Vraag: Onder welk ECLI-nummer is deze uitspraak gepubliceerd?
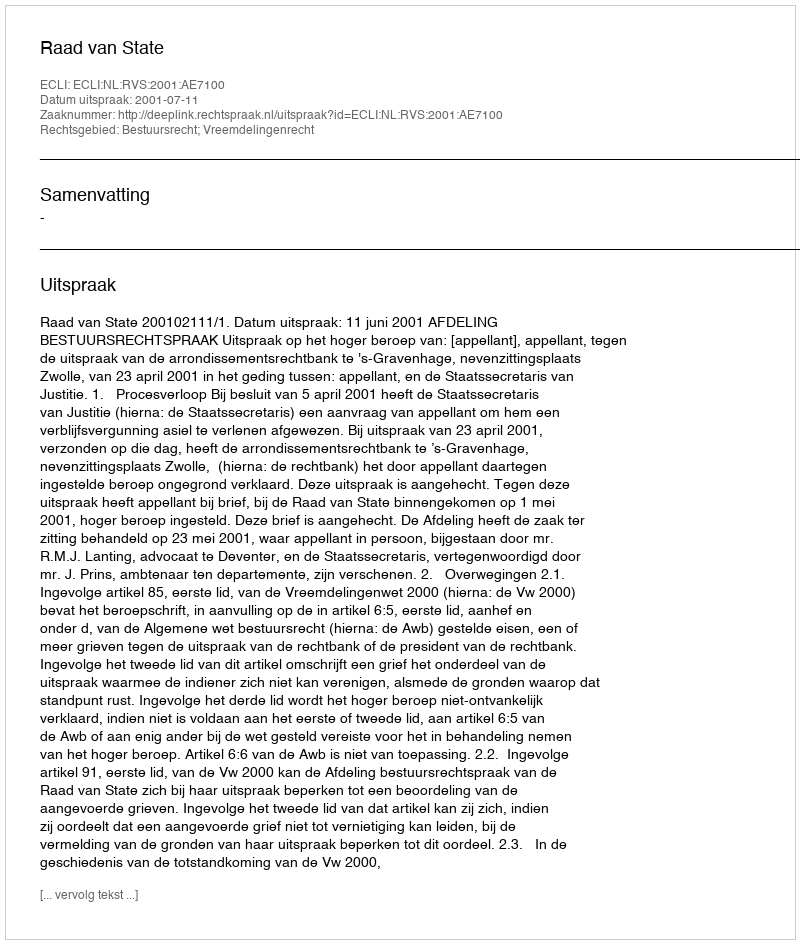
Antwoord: ECLI:NL:RVS:2001:AE7100